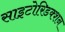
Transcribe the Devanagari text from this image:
साइटोरिडक्शन